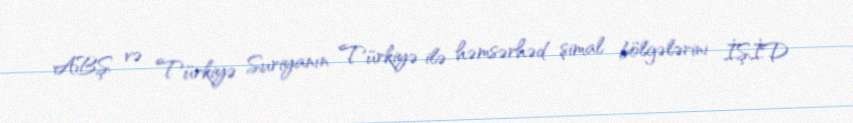
ABŞ və Türkiyə Suriyanın Türkiyə ilə həmsərhəd şimal bölgələrini İŞİD